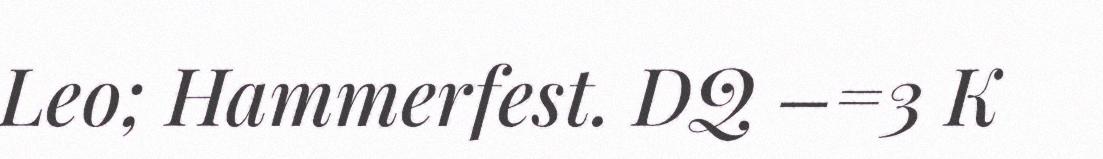
Leo; Hammerfest. DQ –=3 K